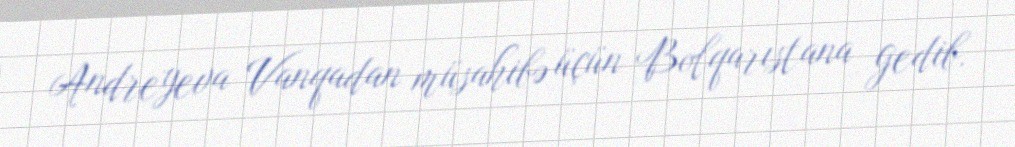
Andreyeva Vanqadan müsahibə üçün Bolqarıstana gedib.